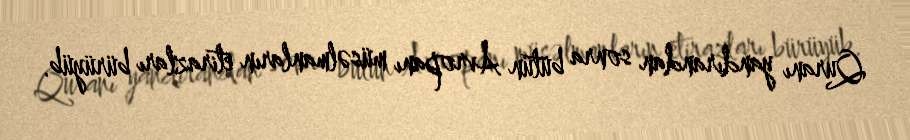
Quranı yandırandan sonra bütün Avropanı müsəlmanların etirazları bürüyüb.